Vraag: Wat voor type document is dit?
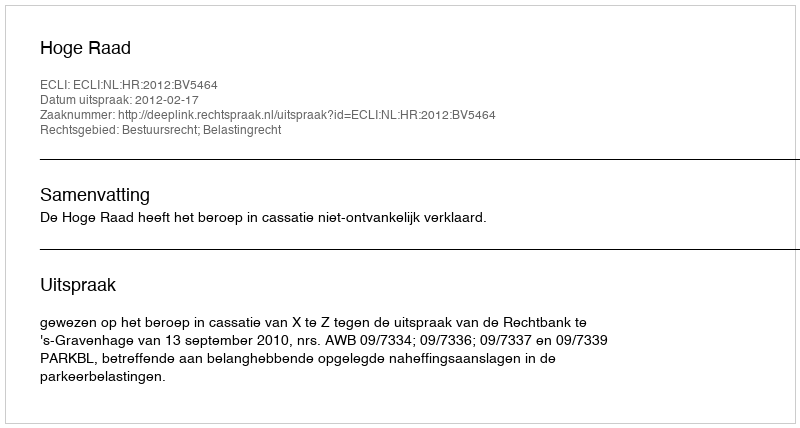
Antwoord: Uitspraak